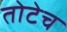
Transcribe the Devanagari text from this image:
तोटेच